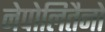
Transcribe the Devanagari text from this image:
नेपोलितैनो